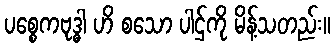
ပစ္စေကဗုဒ္ဓါ ဟိ စသော ပါဌ်ကို မိန့်သတည်း။